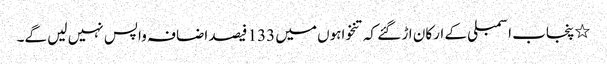
٭پنجاب اسمبلی کے ارکان اڑ گئے کہ تنخواہوں میں 133 فیصد اضافہ واپس نہیں لیں گے۔